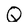
Character: Q